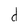
Character: d